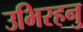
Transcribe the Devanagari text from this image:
उभिरहनु